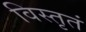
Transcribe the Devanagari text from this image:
विस्तृतं